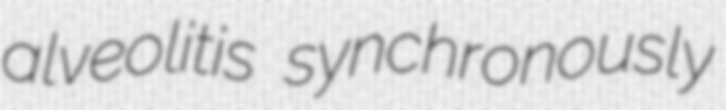
alveolitis synchronously